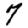
Digit: 7